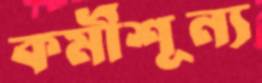
কর্মীশূন্য